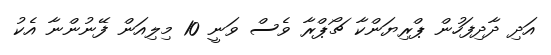
އަދި ދާދިފަހުން ޕްރިޔަންކާ ޗޯޕްރާ ވެސް ވަނީ 10 މިލިއަން ފޭނުންނާ އެކު